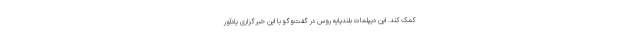
کمک کند. این دیپلمات بلندپایه روس در گفت‌وگو با این خبرگزاری یادآور